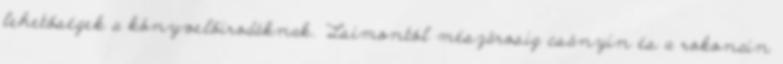
lehetőségek a könyvelőirodáknak. "Lsimontól mészárosig csányin és a rokonain